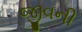
જીવની